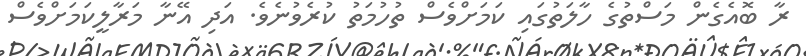
ރާ ބޮއެގެން މަސްތުގެ ހާލަތުގައި ކަމަށްވެސް ތުހުމަތު ކުރެވުނެވެ. އަދި އޭނާ މަރާލީކަމަށްވެސް